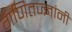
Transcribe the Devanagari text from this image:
गणितज्ज्ञांनी